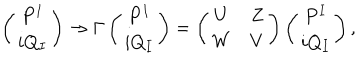
LaTeX: \left( \begin{matrix} { { P ^ { I } } } \\ { { i Q _ { I } } } \\ \end{matrix} \right) \rightarrow \Gamma \left( \begin{matrix} { { P ^ { I } } } \\ { { i Q _ { I } } } \\ \end{matrix} \right) = \left( \begin{matrix} { { U } } & { { Z } } \\ { { W } } & { { V } } \\ \end{matrix} \right) \left( \begin{matrix} { { P ^ { I } } } \\ { { i Q _ { I } } } \\ \end{matrix} \right) ,